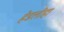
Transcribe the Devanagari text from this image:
हेडलीहा